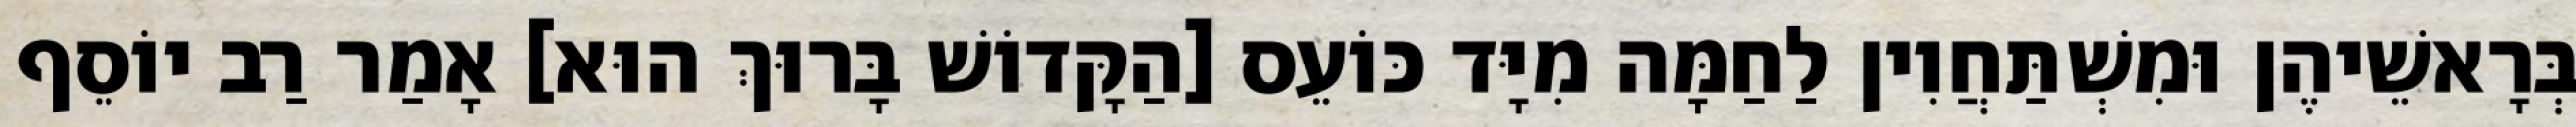
בְּרָאשֵׁיהֶן וּמִשְׁתַּחֲוִין לַחַמָּה מִיָּד כּוֹעֵס [הַקָּדוֹשׁ בָּרוּךְ הוּא] אָמַר רַב יוֹסֵף